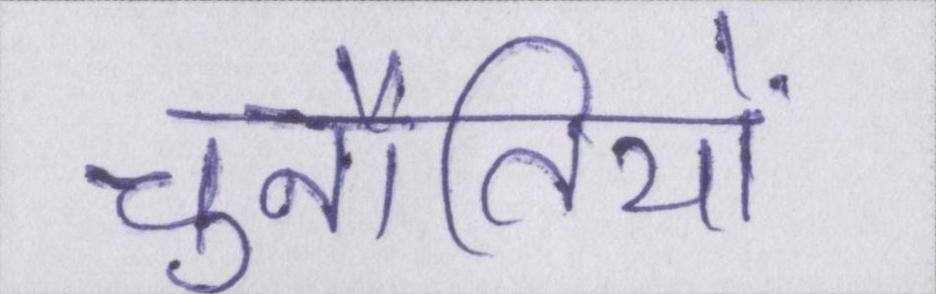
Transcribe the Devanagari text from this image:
चुनौतियों